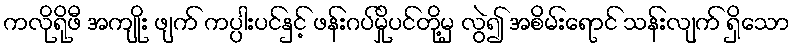
ကလိုရိုဖီ အကျိုး ဖျက် ကပ္ပါးပင်နှင့် ဖန်းဂပ်မှိုပင်တို့မှ လွဲ၍ အစိမ်းရောင် သန်းလျက် ရှိသော